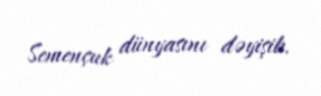
Semençuk dünyasını dəyişib.